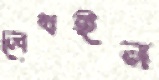
লেখইন